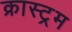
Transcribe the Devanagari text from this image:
क्रास्ट्रम